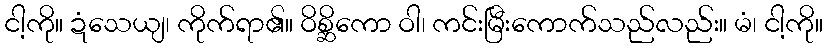
ငါ့ကို။ ဍံသေယျ၊ ကိုက်ရာ၏။ ဝိစ္ဆိကော ဝါ၊ ကင်းမြီးကောက်သည်လည်း။ မံ၊ ငါ့ကို။